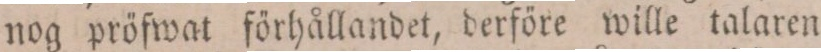
nog pröfwat förhållandet, derföre wille talaren